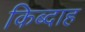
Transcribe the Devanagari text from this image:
किब्दाह